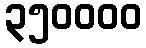
၃၅၀၀၀၀